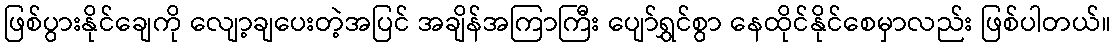
ဖြစ်ပွားနိုင်ချေကို လျော့ချပေးတဲ့အပြင် အချိန်အကြာကြီး ပျော်ရွှင်စွာ နေထိုင်နိုင်စေမှာလည်း ဖြစ်ပါတယ်။